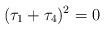
LaTeX: \begin{align*} (\tau_1 + \tau_4)^2 = 0\end{align*}